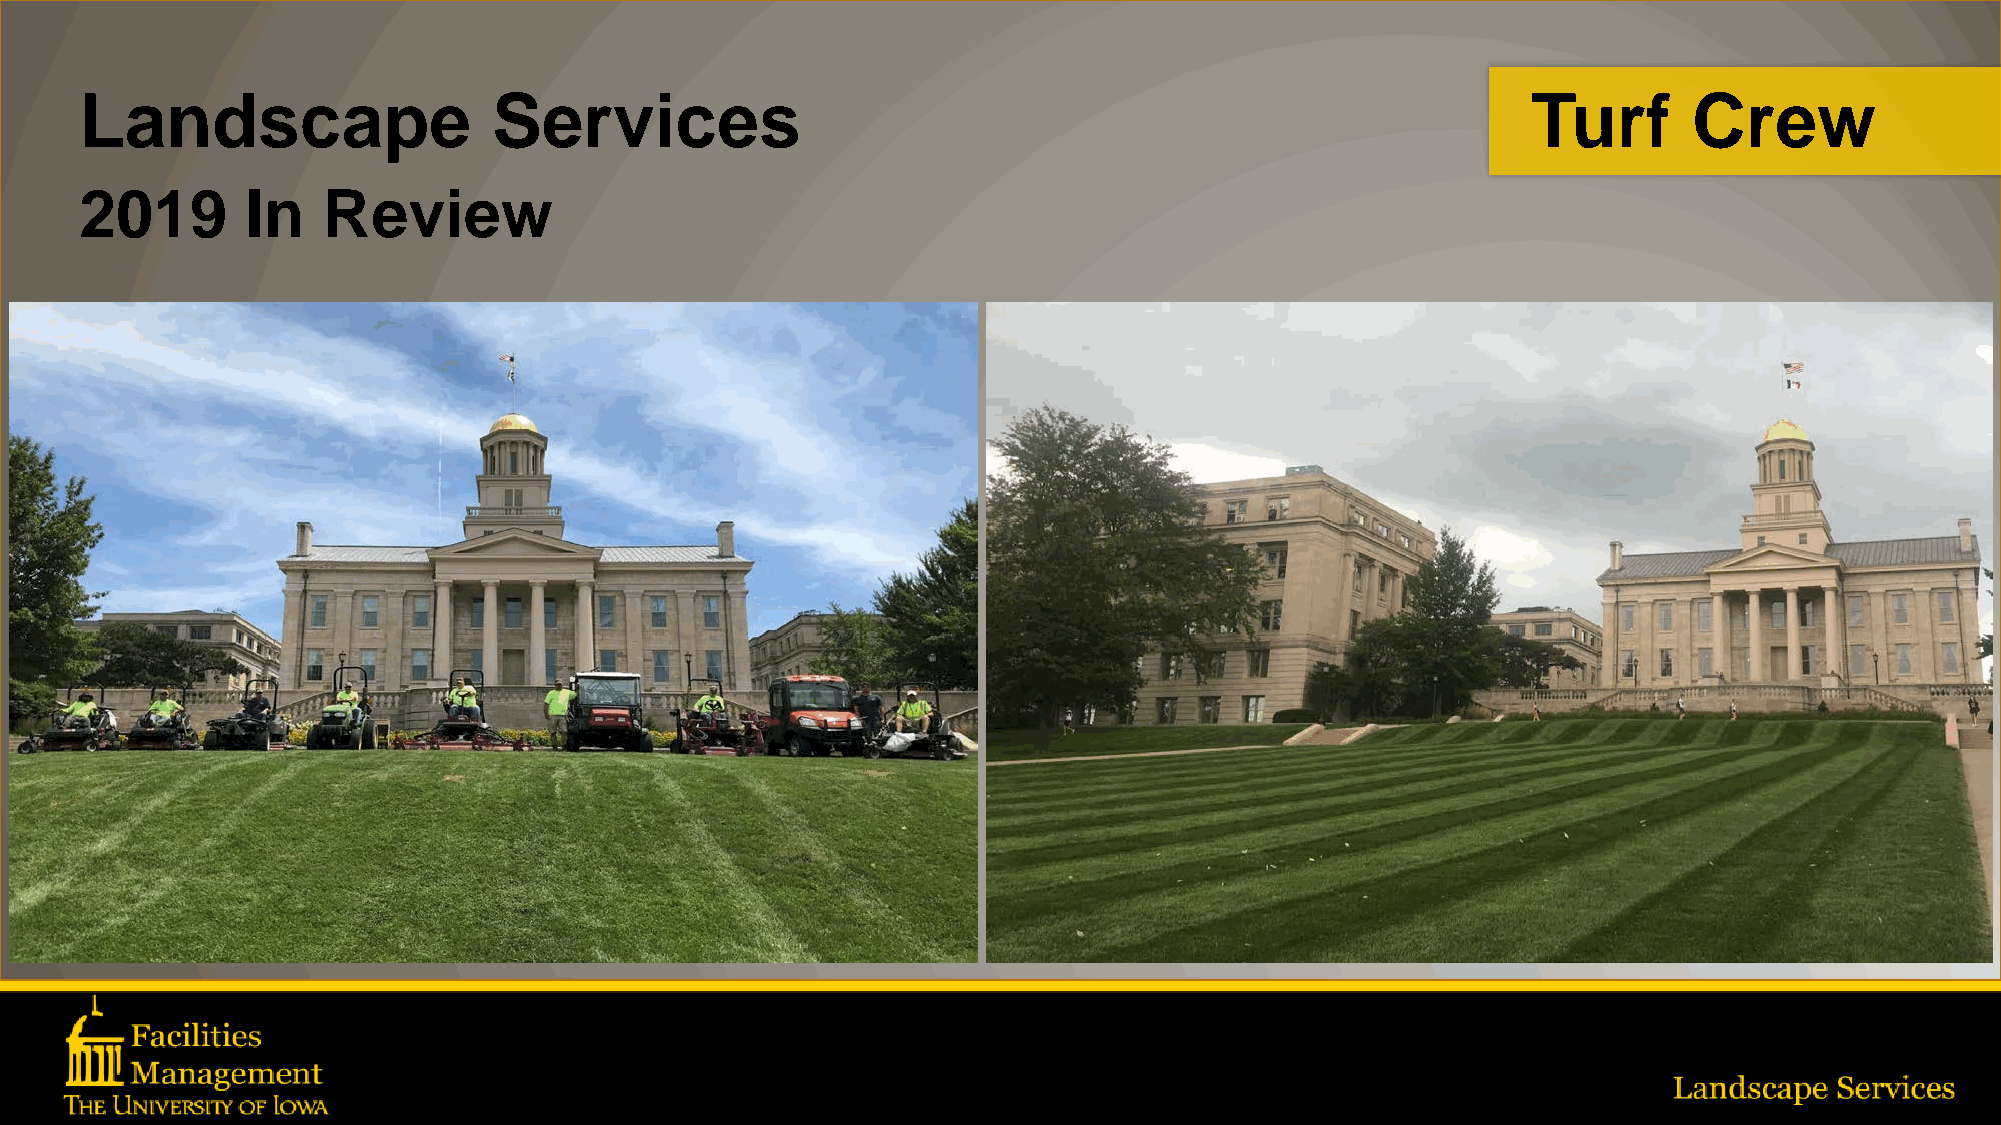
Landscape                   Services                                                            Turf       Crew
 2019       In   Review